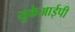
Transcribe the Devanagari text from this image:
युकेआईपी